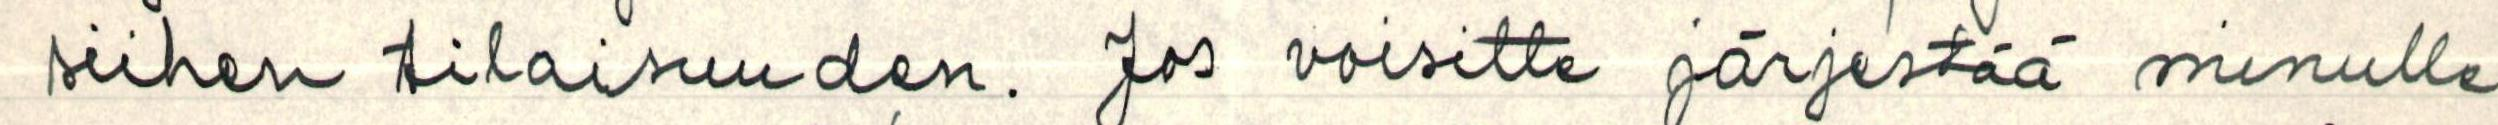
siihen tilaisuuden. Jos voisitte järjestää minulle